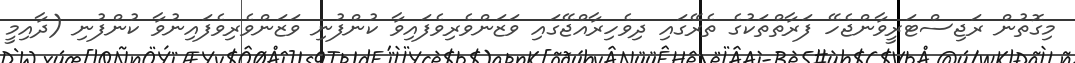
މިގޮތުން ރަޖިސްޓަރީވާންޖެހޭ ފަރާތްތަކުގެ ތެރޭގައި ދިވެހިރާއްޖޭގައި ވަޒަންވެރިވެފައިވާ ކުންފުނި ވަޒަންވެރިވެފައިނުވާ ކުންފުނި (ދާއިމީ